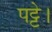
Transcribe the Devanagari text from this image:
पट्टे।